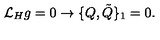
{ \cal L } _ { H } g = 0 \rightarrow \{ Q , { \tilde { Q } } \} _ { 1 } = 0 .